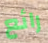
رائع